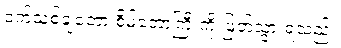
ဝက်သစ်ချတော စိမ့်တောကြီးကို ဖြတ်သွားရသည်။